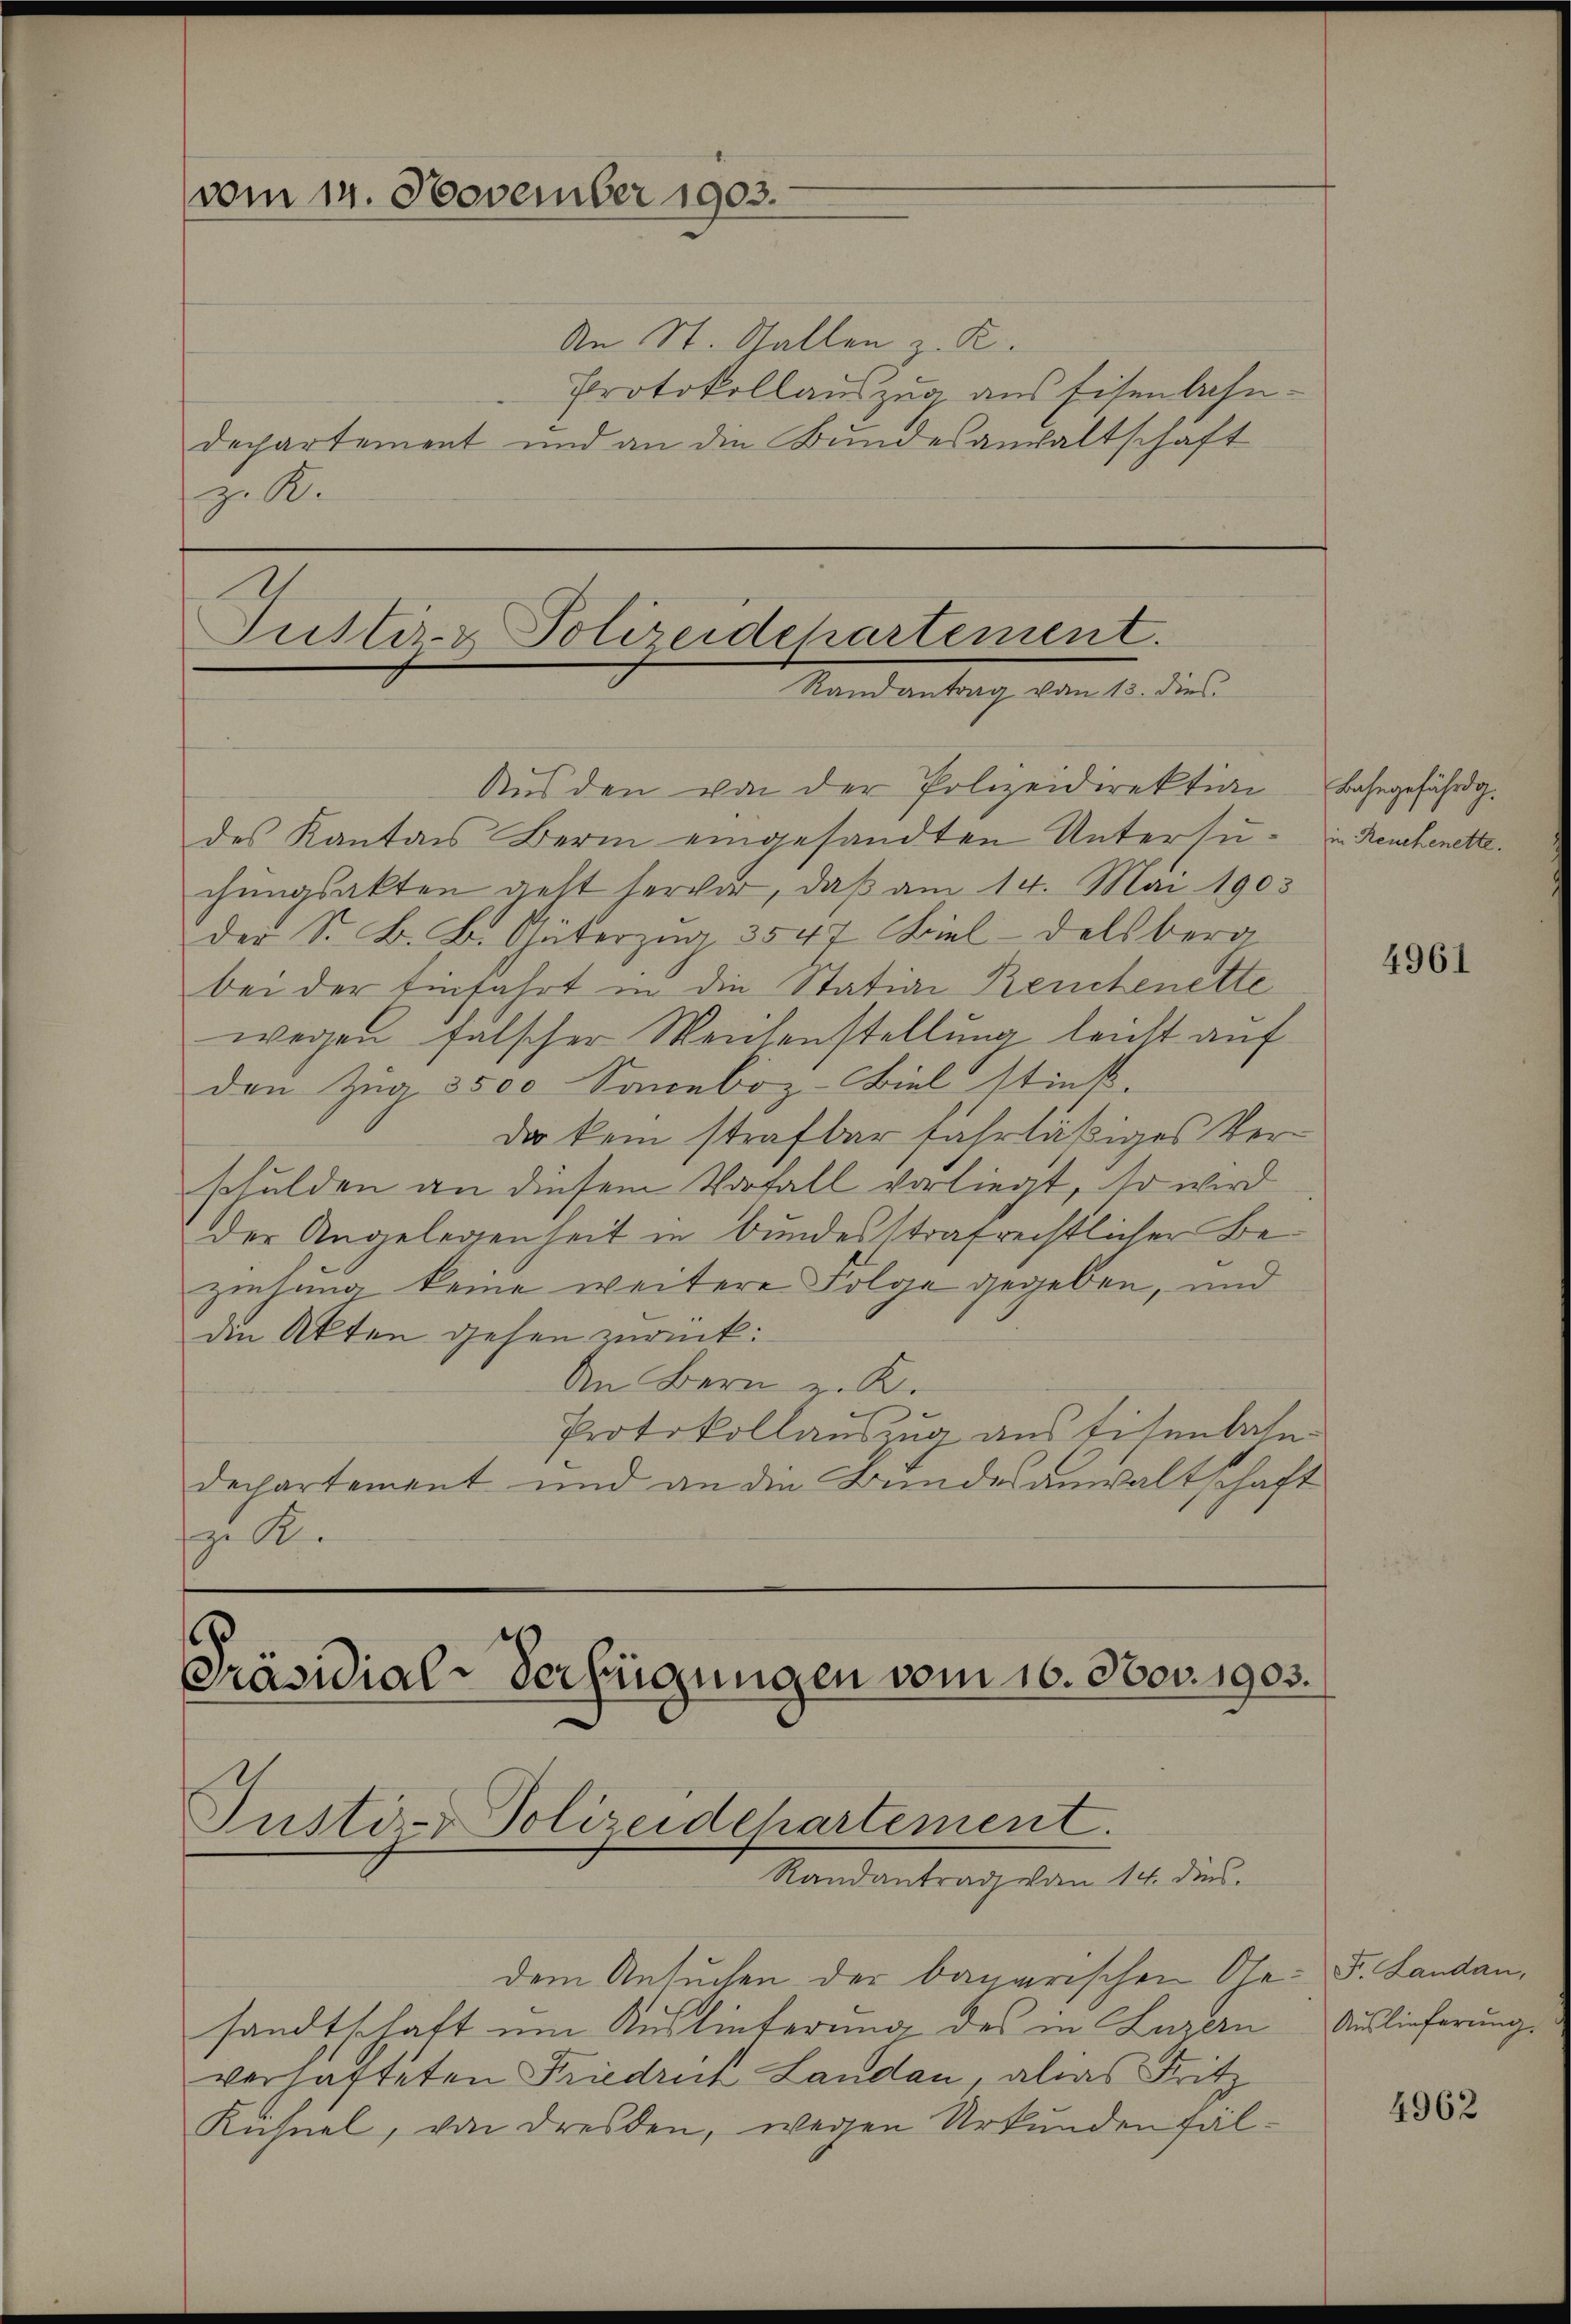
vom 14. November 1903.

z. R.

Justiz- & Polizeidekartement.
Randantrag vom 13. dies

Präsidial-Verfügungen vom 16. Nov. 1903.

An St. Gallen z. R.
Protokollauszug aus Eisenbahndechartement und an die Bundesanwaltschaft

Justiz- & Polizeidehartement.
Randantrag von 14. dies

Aus den von der Polizeidirektion
des Kanton Bern eingesandten Untersu- in Reuchenettechungsakten geht hervor, daß am 14. Mai 1903
der S. B. B. Güterzug. 3547 Biel Delsbera
bei der Einfahrt in die Station Rentenette
wegen falscher Weichenstellung leicht auf
den Zug 3500 Soneboz-Biel stieß.
Da kein strafbar fahrläßiges Verschulden an diesem Vorfall vorliegt, so wird
der Angelegenheit in bundesstrafrechtlicher Beziehung keine weitere Folge gegeben, und
den Akten gehen zurück:
An Bern z. K.
Protokollauszug aus Eisenbahn-
dechartement und an die Bundesanwaltschaft
ze K

dem Ansuchen der bagarischen Ge- F. Landansandtschaft um Auslieferung des in Luzern Auslieferung
verhafteten Friedruck Landau, alias Fritz
Kühnel, von Dresden, wegen Urkundenfäl¬

Bahngefährdg.

4961

4962